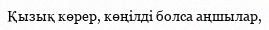
Қызық көрер, көңілді болса аңшылар,